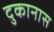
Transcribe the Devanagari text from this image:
दुकानास